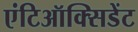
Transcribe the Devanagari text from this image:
एंटिऑक्सिडेंट